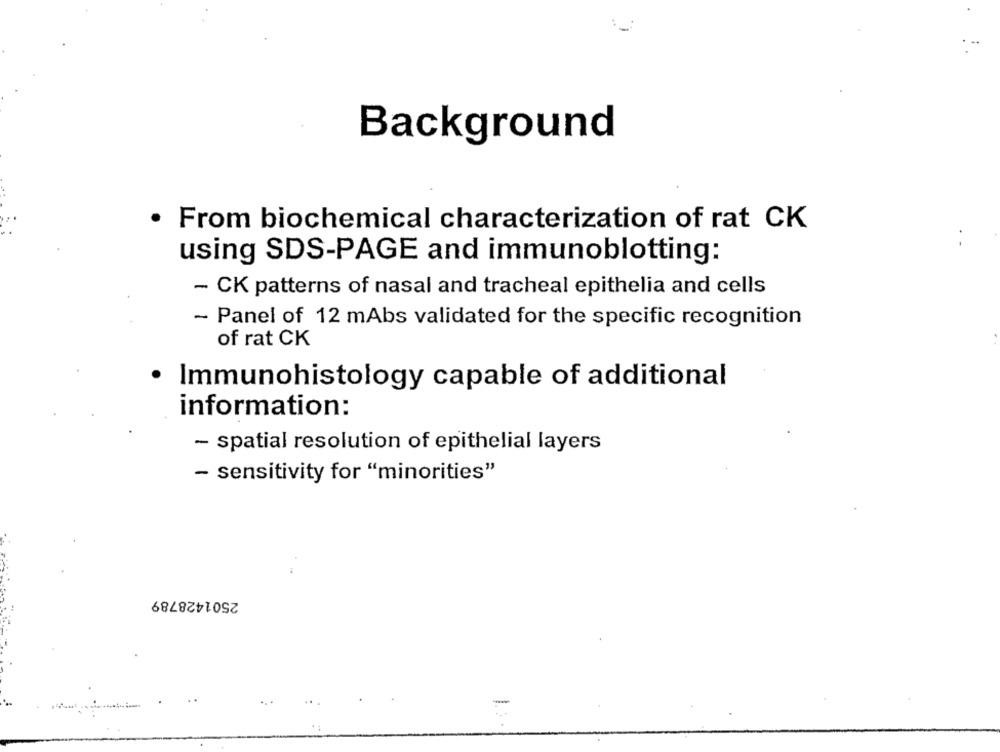
Background
From biochemical characterization of rat CK
using SDS-PAGE and immunoblotting:
- CK patterns of nasal and tracheal epithelia and cells
- Panel of 12 mAbs validated for the specific recognition
of rat CK
· Immunohistology capable of additional
information:
- spatial resolution of epithelial layers
- sensitivity for "minorities"
2501428789